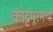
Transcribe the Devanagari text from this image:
कोट्टपूरमचा